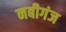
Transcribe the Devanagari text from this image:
नबीगंज